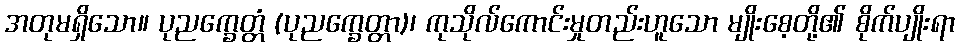
အတုမရှိသော။ ပုညက္ခေတ္တံ (ပုညက္ခေတ္တာ)၊ ကုသိုလ်ကောင်းမှုတည်းဟူသော မျိုးစေ့တို့၏ စိုက်ပျိုးရာ